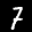
Label: 7